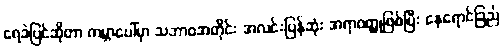
ရေခဲပြင်ဆိုတာ ကမ္ဘာပေါ်မှာ သဘာဝအတိုင်း အလင်းပြန်ဆုံး အရာဝတ္ထုဖြစ်ပြီး နေရောင်ခြည်